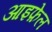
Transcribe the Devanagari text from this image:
आइफ़ेल